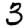
Digit: 3